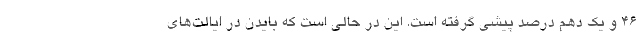
۴۶ و یک دهم درصد پیشی گرفته است. این در حالی است که بایدن در ایالت‌های